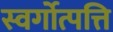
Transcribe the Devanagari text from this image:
स्वर्गोत्पत्ति